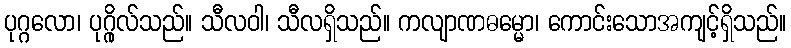
ပုဂ္ဂလော၊ ပုဂ္ဂိုလ်သည်။ သီလဝါ၊ သီလရှိသည်။ ကလျာဏဓမ္မော၊ ကောင်းသောအကျင့်ရှိသည်။